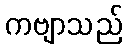
ကဗျာသည်